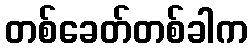
တစ်ခေတ်တစ်ခါက